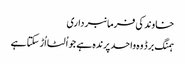
خاوند کی فرمانبرداری
ہمنگ برڈ وہ واحد پرندہ ہے جو اُلٹا اُڑ سکتا ہے